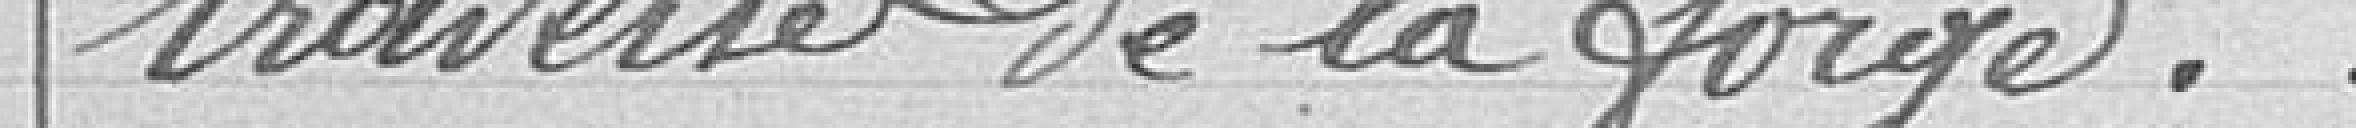
traverse de la forge.